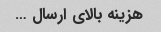
هزینه بالای ارسال …